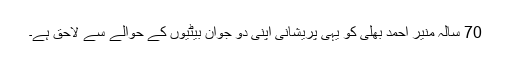
70 سالہ منیر احمد بھلی کو یہی پریشانی اپنی دو جوان بیٹیوں کے حوالے سے لاحق ہے۔